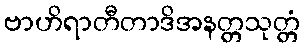
ဗာဟိရာတီတာဒိအနတ္တသုတ္တံ